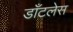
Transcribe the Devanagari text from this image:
डाँटलेस